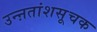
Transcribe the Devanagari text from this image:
उन्ऩतांशसूचक